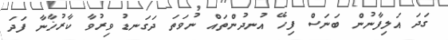
ގަދަ އަލިފާނުން ބަނަސް ފިހޭ އުނދުންތައް ނުވަތަ ދަގަނޑު ވިރުވާ ކާރުޚާނާ ފަދަ